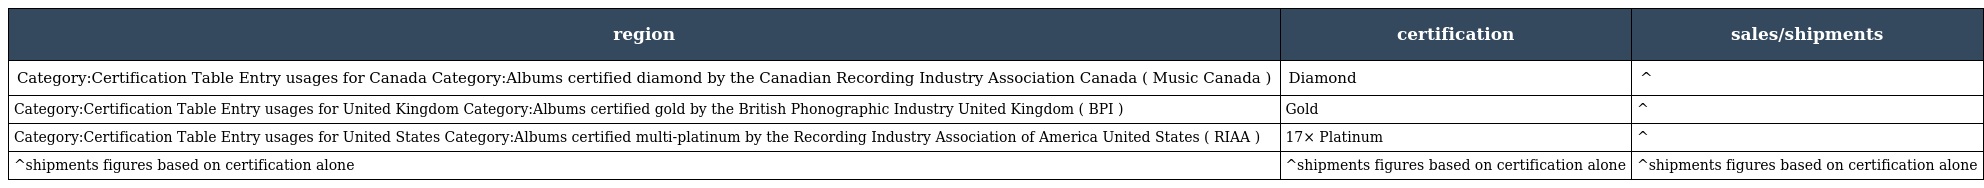
| region | certification | sales/shipments |
 | --- | --- | --- |
 | Category:Certification Table Entry usages for Canada Category:Albums certified diamond by the Canadian Recording Industry Association Canada ( Music Canada ) | Diamond | ^ |
 | Category:Certification Table Entry usages for United Kingdom Category:Albums certified gold by the British Phonographic Industry United Kingdom ( BPI ) | Gold | ^ |
 | Category:Certification Table Entry usages for United States Category:Albums certified multi-platinum by the Recording Industry Association of America United States ( RIAA ) | 17× Platinum | ^ |
 | ^shipments figures based on certification alone | ^shipments figures based on certification alone | ^shipments figures based on certification alone |